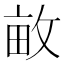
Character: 𮲕